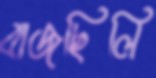
বাজছিলি